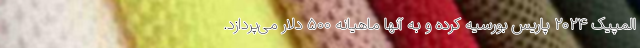
المپیک ۲۰۲۴ پاریس بورسیه کرده و به آنها ماهیانه ۵۰۰ دلار می‌پردازد.